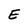
Character: E